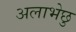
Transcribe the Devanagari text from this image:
अलाभेछु